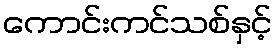
ကောင်းကင်သစ်နှင့်